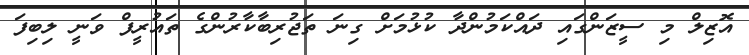
އޮޒިލް މި ސީޒަންގައި ދައްކަމުންދާ ކުޅުމަށް ގިނަ ތަޖުރިބާކާރުންގެ ތައުރީފް ވަނީ ލިބިފަ